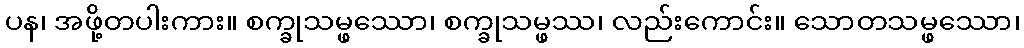
ပန၊ အဖို့တပါးကား။ စက္ခုသမ္ဖဿော၊ စက္ခုသမ္ဖဿ၊ လည်းကောင်း။ သောတသမ္ဖဿော၊